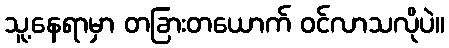
သူ့နေရာမှာ တခြားတယောက် ဝင်လာသလိုပဲ။